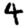
Digit: 4